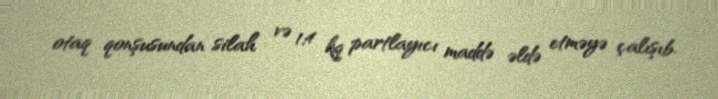
otaq qonşusundan silah və 1,4 kq partlayıcı maddə əldə etməyə çalışıb.